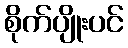
စိုက်ပျိုးပင်